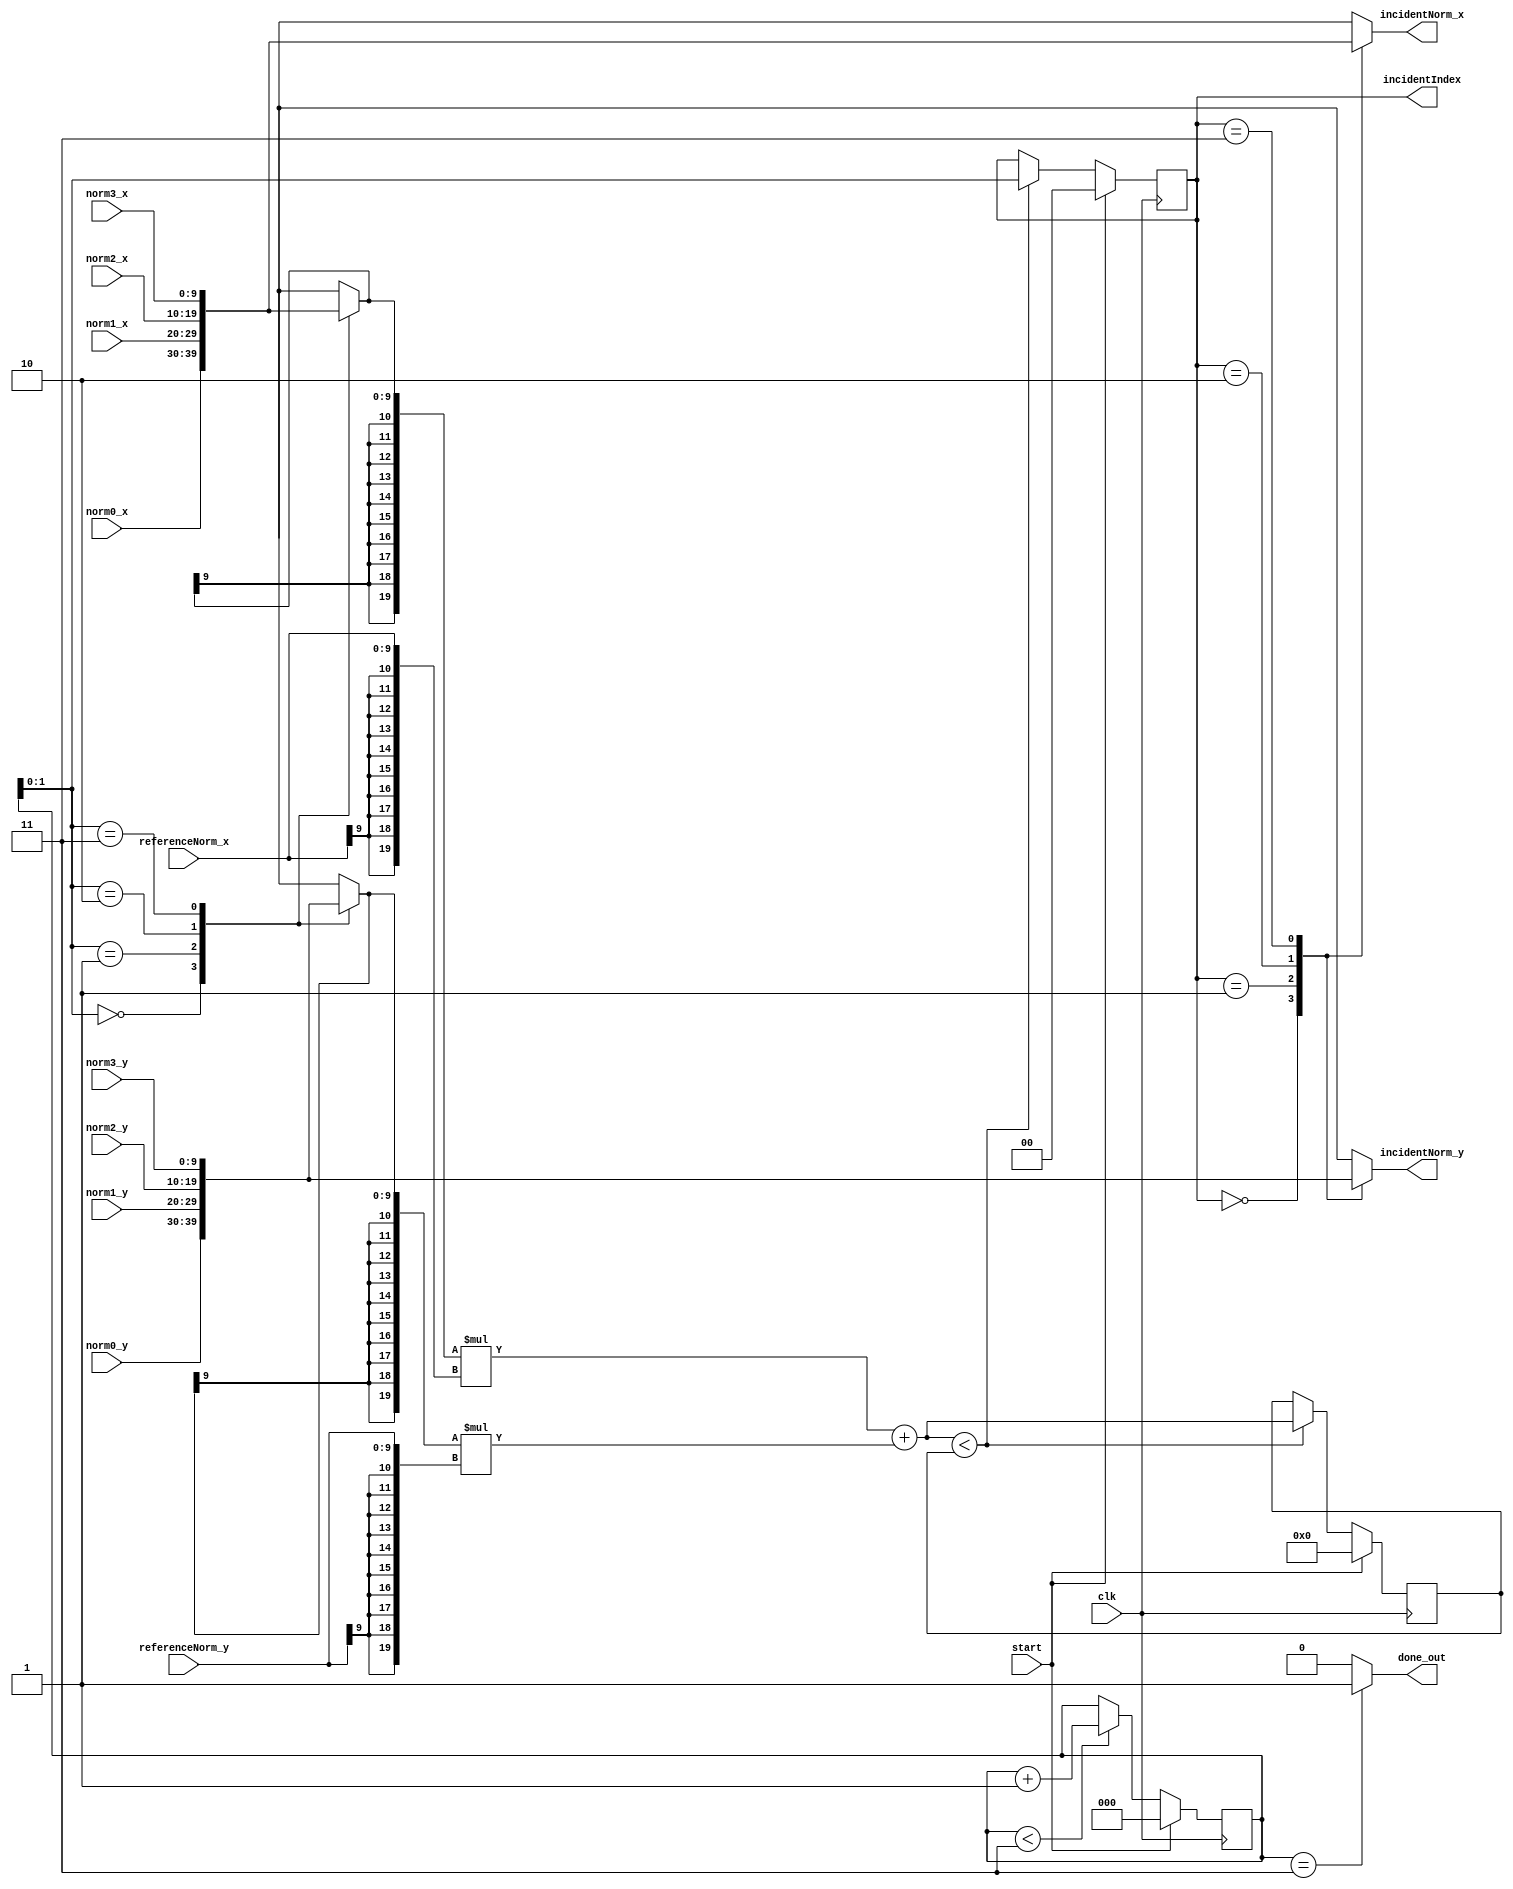
module ComputeIncidentEdge(
    input clk,
    input start,
    input signed [10-1:0] referenceNorm_x,
    input signed [10-1:0] referenceNorm_y,
    input signed [10-1:0] norm0_x, input signed [10-1:0] norm0_y,
    input signed [10-1:0] norm1_x, input signed [10-1:0] norm1_y,
    input signed [10-1:0] norm2_x, input signed [10-1:0] norm2_y,
    input signed [10-1:0] norm3_x, input signed [10-1:0] norm3_y,
    output signed [10-1:0] incidentNorm_x,
    output signed [10-1:0] incidentNorm_y,
    output reg [2-1:0] incidentIndex,
    output done_out
);

wire signed [10-1:0] local_normX[0:4-1], local_normY[0:4-1];
wire signed [20-1:0] temp;
reg signed [20-1:0] smallestProduct, next_smallestProduct;
reg [3-1:0] cnt;
reg [2-1:0]next_incidentindex;

assign local_normX[0] = norm0_x;
assign local_normX[1] = norm1_x;
assign local_normX[2] = norm2_x;
assign local_normX[3] = norm3_x;
assign local_normY[0] = norm0_y;
assign local_normY[1] = norm1_y;
assign local_normY[2] = norm2_y;
assign local_normY[3] = norm3_y;

assign temp = { {10{local_normX[cnt][9]}}, local_normX[cnt]} * { {10{referenceNorm_x[9]}},referenceNorm_x} + 
              { {10{local_normY[cnt][9]}}, local_normY[cnt]} * { {10{referenceNorm_y[9]}},referenceNorm_y};
assign incidentNorm_x = local_normX[incidentIndex];
assign incidentNorm_y = local_normY[incidentIndex];
assign done_out = (cnt == 3'd3) ? 1'b1 : 1'b0;

always @(posedge clk) begin
  if (start) begin
    cnt <= 3'b0;
    smallestProduct <= 20'b0;
    incidentIndex <= 2'b0;
  end else begin
    smallestProduct <= next_smallestProduct;
    incidentIndex <= next_incidentindex;
    if (cnt < 3'd3) begin
      cnt <= cnt + 3'd1;
    end
  end
end

always @(*) begin
    next_smallestProduct = smallestProduct;
    next_incidentindex = incidentIndex;
    if (temp < smallestProduct) begin
        next_smallestProduct = temp;
        next_incidentindex = cnt;
    end
end

endmodule